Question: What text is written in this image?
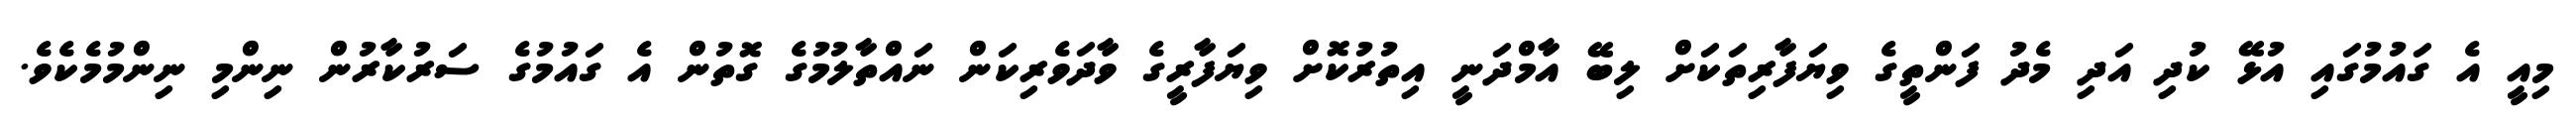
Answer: މިއީ އެ ގައުމުގައި އުޅޭ ކުދި އަދި މެދު ފަންތީގެ ވިޔަފާރިތަކަށް ލިބޭ އާމްދަނީ އިތުރުކޮށް ވިޔަފާރީގެ ވާދަވެރިކަން ނައްތާލުމުގެ ގޮތުން އެ ގައުމުގެ ސަރުކާރުން ނިންމި ނިންމުމެކެވެ.